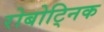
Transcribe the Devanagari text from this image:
रोबोट्निक